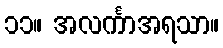
၁၁။ အလင်္ကာအရသာ။